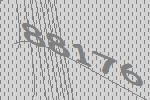
88176